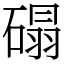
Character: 𰧒